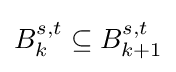
B_{k}^{s,t}\subseteq B_{k+1}^{s,t}